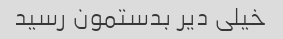
خیلی دیر بدستمون رسید